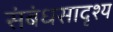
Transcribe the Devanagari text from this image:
संबंधसादृश्य